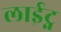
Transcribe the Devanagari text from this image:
लाईट्न